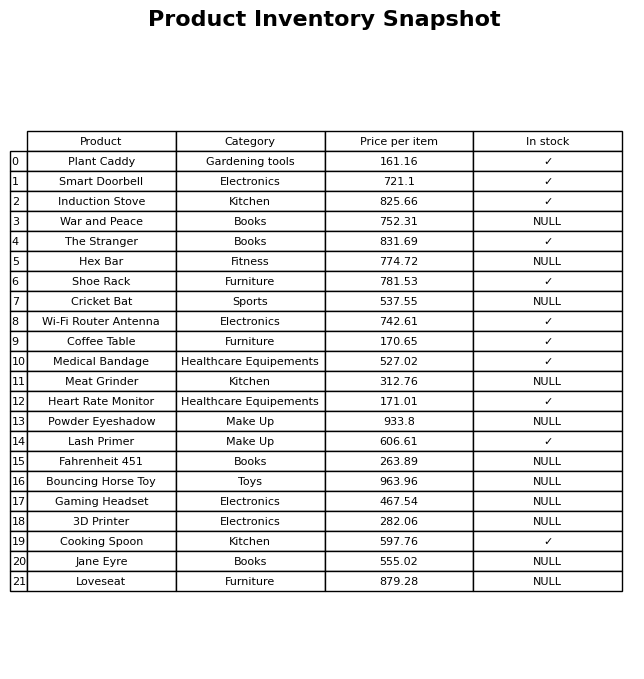
question: What is the price of the Lash Primer?
answer: The price of Lash Primer is 606.61.